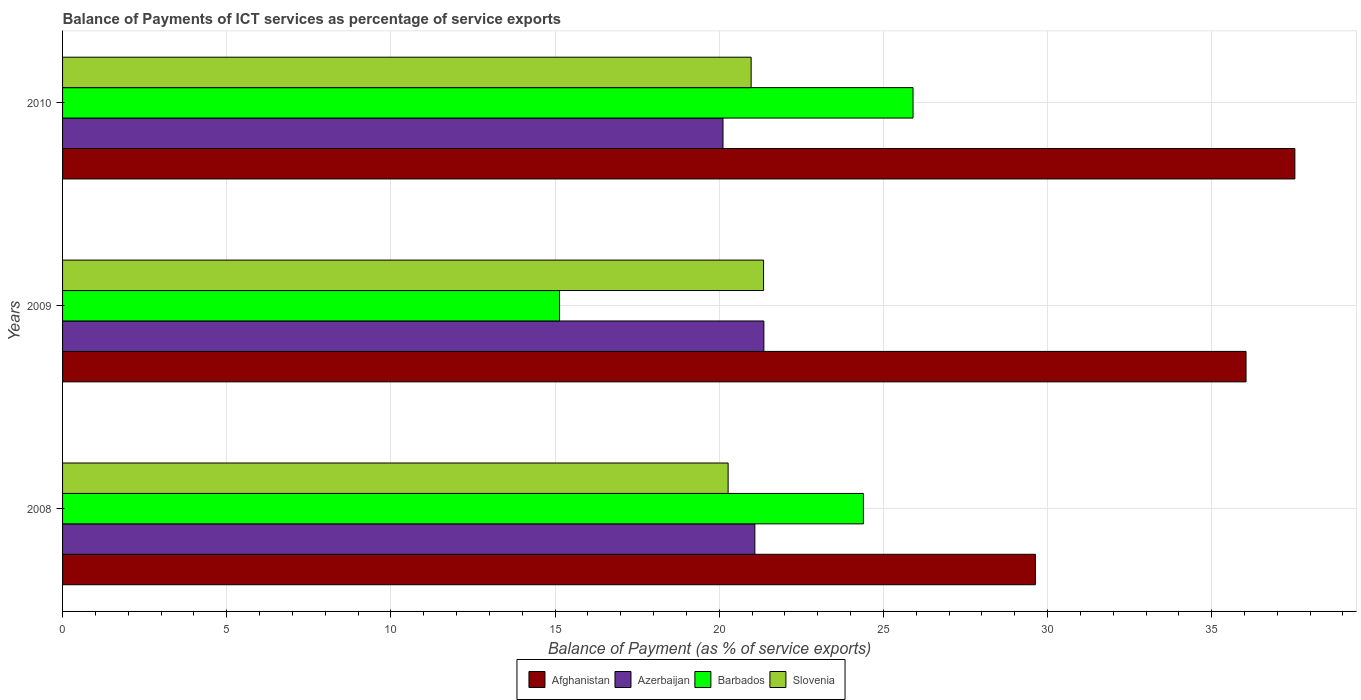
| Years | Afghanistan | Azerbaijan | Barbados | Slovenia |
 | --- | --- | --- | --- | --- |
 | 2008 | 29.6 | 21.1 | 24.4 | 20.3 |
 | 2009 | 36 | 21.4 | 15.1 | 21.4 |
 | 2010 | 37.5 | 20.1 | 25.9 | 21 |